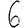
Digit: 6